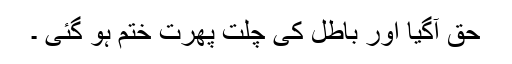
حق آگیا اور باطل کی چلت پھرت ختم ہو گئی ۔